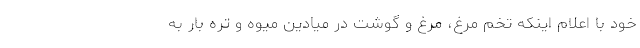
خود با اعلام اینکه تخم مرغ، مرغ و گوشت در میادین میوه و تره بار به